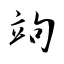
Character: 竘